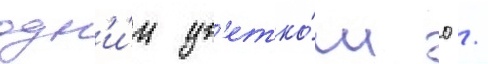
одн'и́м цв'етко́м 0 /